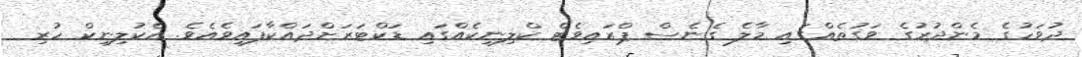
ދުވަހުގެ މެންދުރުގެ ވަގުތެއްގައި މާލެ ގެނެސް ޕްރައިވެޓް ކްލިނިކެއްގައި ޑަކްޓަރަށްދައްކާފައިވެއެވެ. އެކުލިނިކް ހުރި